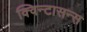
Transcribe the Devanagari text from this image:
क्विन्टासन्स